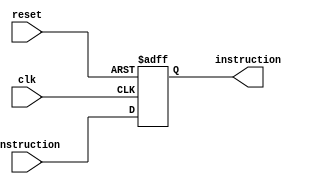
`timescale 1ns/1ps
module IF_ID(
    input reset,
    input clk,
    input [31:0] Instruction,
    

    output reg [31:0] instruction
);

always @ (posedge clk or posedge reset)
begin
    if(reset)
        instruction <= 32'h00000000;
    else 
    instruction <= Instruction;
end

endmodule